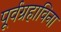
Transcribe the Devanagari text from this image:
पूर्वग्रहाविना